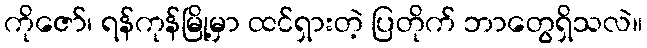
ကိုဇော်၊ ရန်ကုန်မြို့မှာ ထင်ရှားတဲ့ ပြတိုက် ဘာတွေရှိသလဲ။